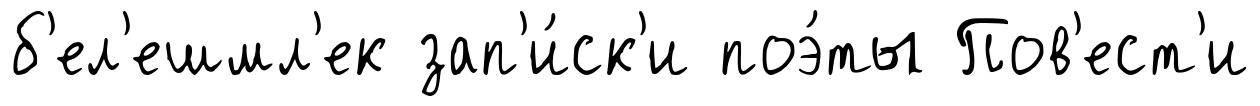
б'ел'ешмл'ек зап'и́ск'и поэ́ты Пов'ест'и